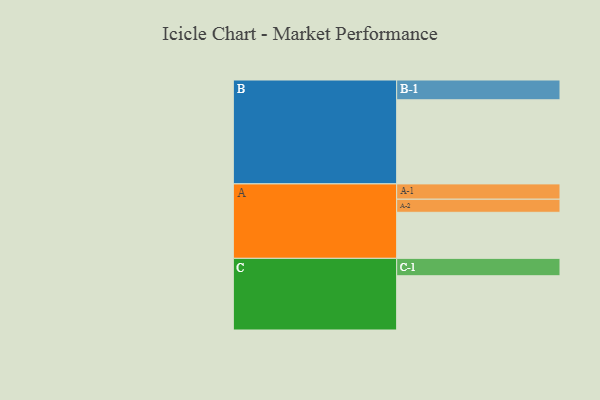
{"axis": {"x": "Segment", "y": "Value"}, "legend": ["", "A", "B", "C"], "data": [{"x": "A", "y": 310, "type": ""}, {"x": "B", "y": 566, "type": ""}, {"x": "C", "y": 365, "type": ""}, {"x": "A-1", "y": 103, "type": "A"}, {"x": "A-2", "y": 88, "type": "A"}, {"x": "B-1", "y": 133, "type": "B"}, {"x": "C-1", "y": 117, "type": "C"}]}